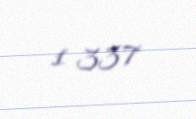
1 337